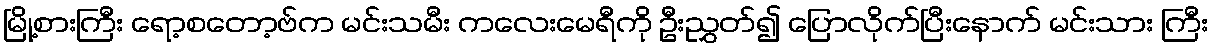
မြို့စားကြီး ရော့စတော့ဗ်က မင်းသမီး ကလေးမေရီကို ဦးညွှတ်၍ ပြောလိုက်ပြီးနောက် မင်းသား ကြီး